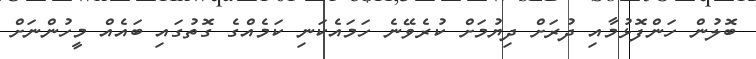
ބޮލުން ހަންފޮޅުމާއި ދުރަށް ދިޔުމަށް ކުރެވޭނެ ހަމައެކަނި ކަމެއްގެ ގޮތުގައި ބައެއް މީހުންނަށް